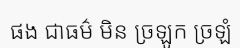
ផង ជាធម៌ មិន ច្រឡូក ច្រឡំ